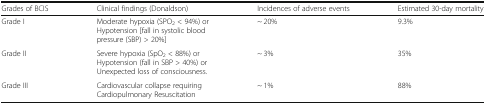
<table><thead><tr><td><b>Grades of BCIS</b></td><td><b>Clinical findings (Donaldson)</b></td><td><b>Incidences of adverse events</b></td><td><b>Estimated 30-day mortality</b></td></tr></thead><tbody><tr><td>Grade I</td><td>Moderate hypoxia (SPO<sub>2</sub> &lt; 94%) orHypotension [fall in systolic blood pressure (SBP) &gt; 20%]</td><td>~ 20%</td><td>9.3%</td></tr><tr><td>Grade II</td><td>Severe hypoxia (SpO<sub>2</sub> &lt; 88%) orHypotension (fall in SBP &gt; 40%) orUnexpected loss of consciousness.</td><td>~ 3%</td><td>35%</td></tr><tr><td>Grade III</td><td>Cardiovascular collapse requiring Cardiopulmonary Resuscitation</td><td>~ 1%</td><td>88%</td></tr></tbody></table>